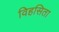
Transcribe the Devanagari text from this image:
विहसिता